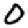
Digit: 0